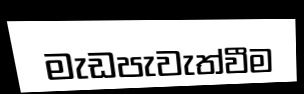
මැඩපැවැත්වීම